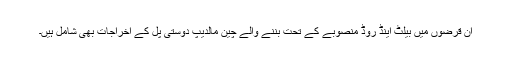
ان قرضوں میں بیلٹ اینڈ روڈ منصوبے کے تحت بننے والے چین مالدیپ دوستی پُل کے اخراجات بھی شامل ہیں۔